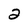
Character: 2